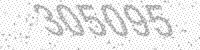
Solution: 305095